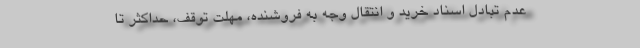
عدم تبادل اسناد خرید و انتقال وجه به فروشنده، مهلت توقف، حداکثر تا